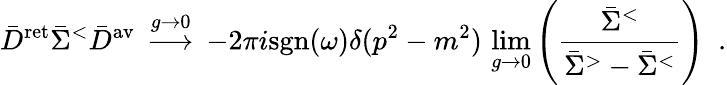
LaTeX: \bar{D}^{\mathrm{ret}}\bar{\Sigma}^{<}\bar{D}^{\mathrm{av}}\, \stackrel{g\rightarrow 0}{\longrightarrow}\, -2\pi i\mathrm{sgn}(\omega)\delta(p^{2}-m^{2})\, \operatorname*{lim}_{g\rightarrow 0}\left(\frac{\bar{\Sigma}^{<}}{\bar{\Sigma}^{>}-\bar{\Sigma}^{<}}\right)\, \, \, .